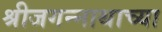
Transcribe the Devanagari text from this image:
श्रीजगन्नाथाच्या